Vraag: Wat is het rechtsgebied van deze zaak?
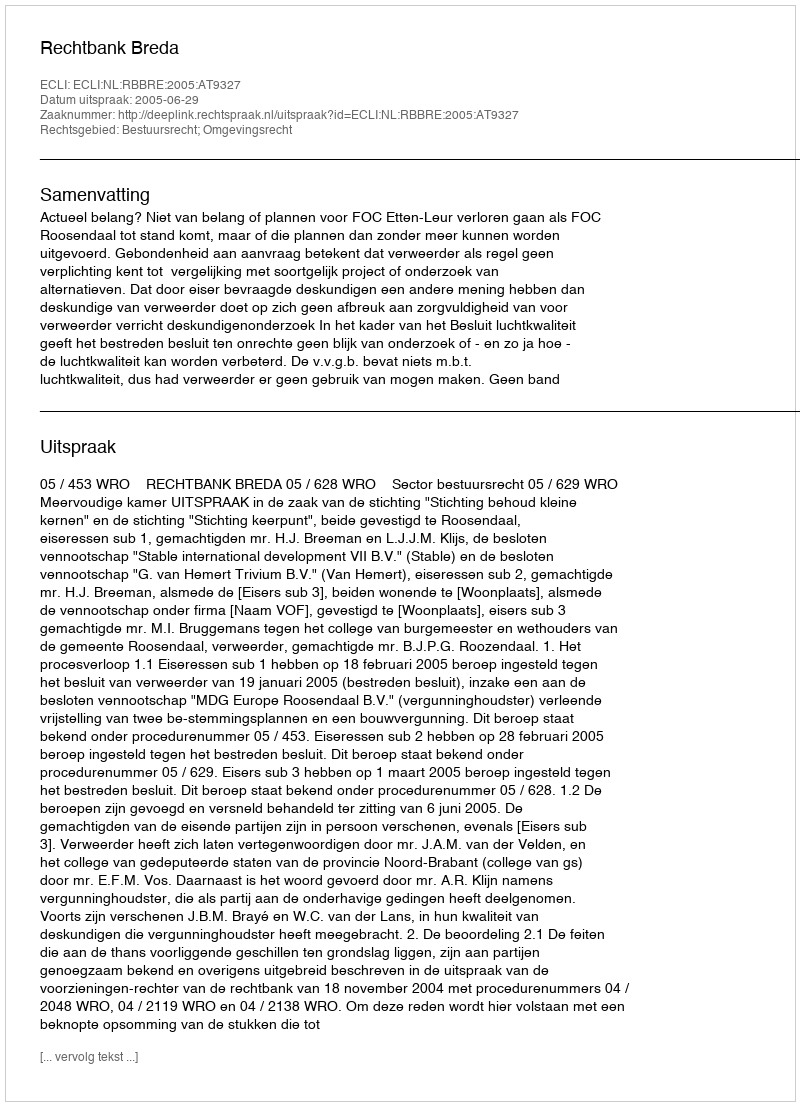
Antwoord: Bestuursrecht; Omgevingsrecht